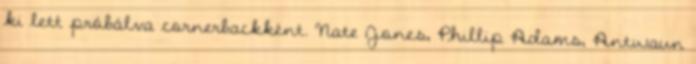
ki lett próbálva cornerbackként. Nate Jones, Phillip Adams, Antwaun